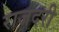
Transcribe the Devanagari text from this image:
राजदरी